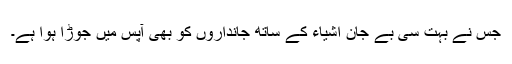
جس نے بہت سی بے جان اشیاء کے ساتھ جانداروں کو بھی آپس میں جوڑا ہوا ہے۔